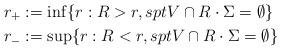
LaTeX: \begin{align*} r_+ &:= \inf\{r: R>r, sptV\cap R\cdot \Sigma =\emptyset\} \\ r_- &:= \sup\{r: R<r, sptV\cap R\cdot \Sigma =\emptyset\} \end{align*}